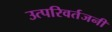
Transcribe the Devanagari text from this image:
उत्परिवर्तजनी